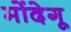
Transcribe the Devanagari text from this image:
मोंदेगू